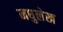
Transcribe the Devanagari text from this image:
मधुलेख